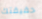
حقيقتك